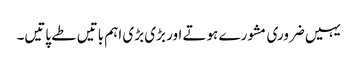
یہیں ضروری مشورے ہوتے اور بڑی بڑی اہم باتیں طے پاتیں۔